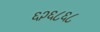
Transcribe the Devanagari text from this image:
६२६८६८